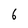
Character: 6